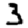
Digit: 3